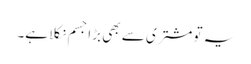
یہ تو مشتری سے بھی بڑا جسم نکلا ہے۔